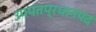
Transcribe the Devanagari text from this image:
उपपंतप्रधानपद